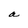
Character: a